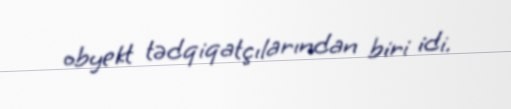
obyekt tədqiqatçılarından biri idi.